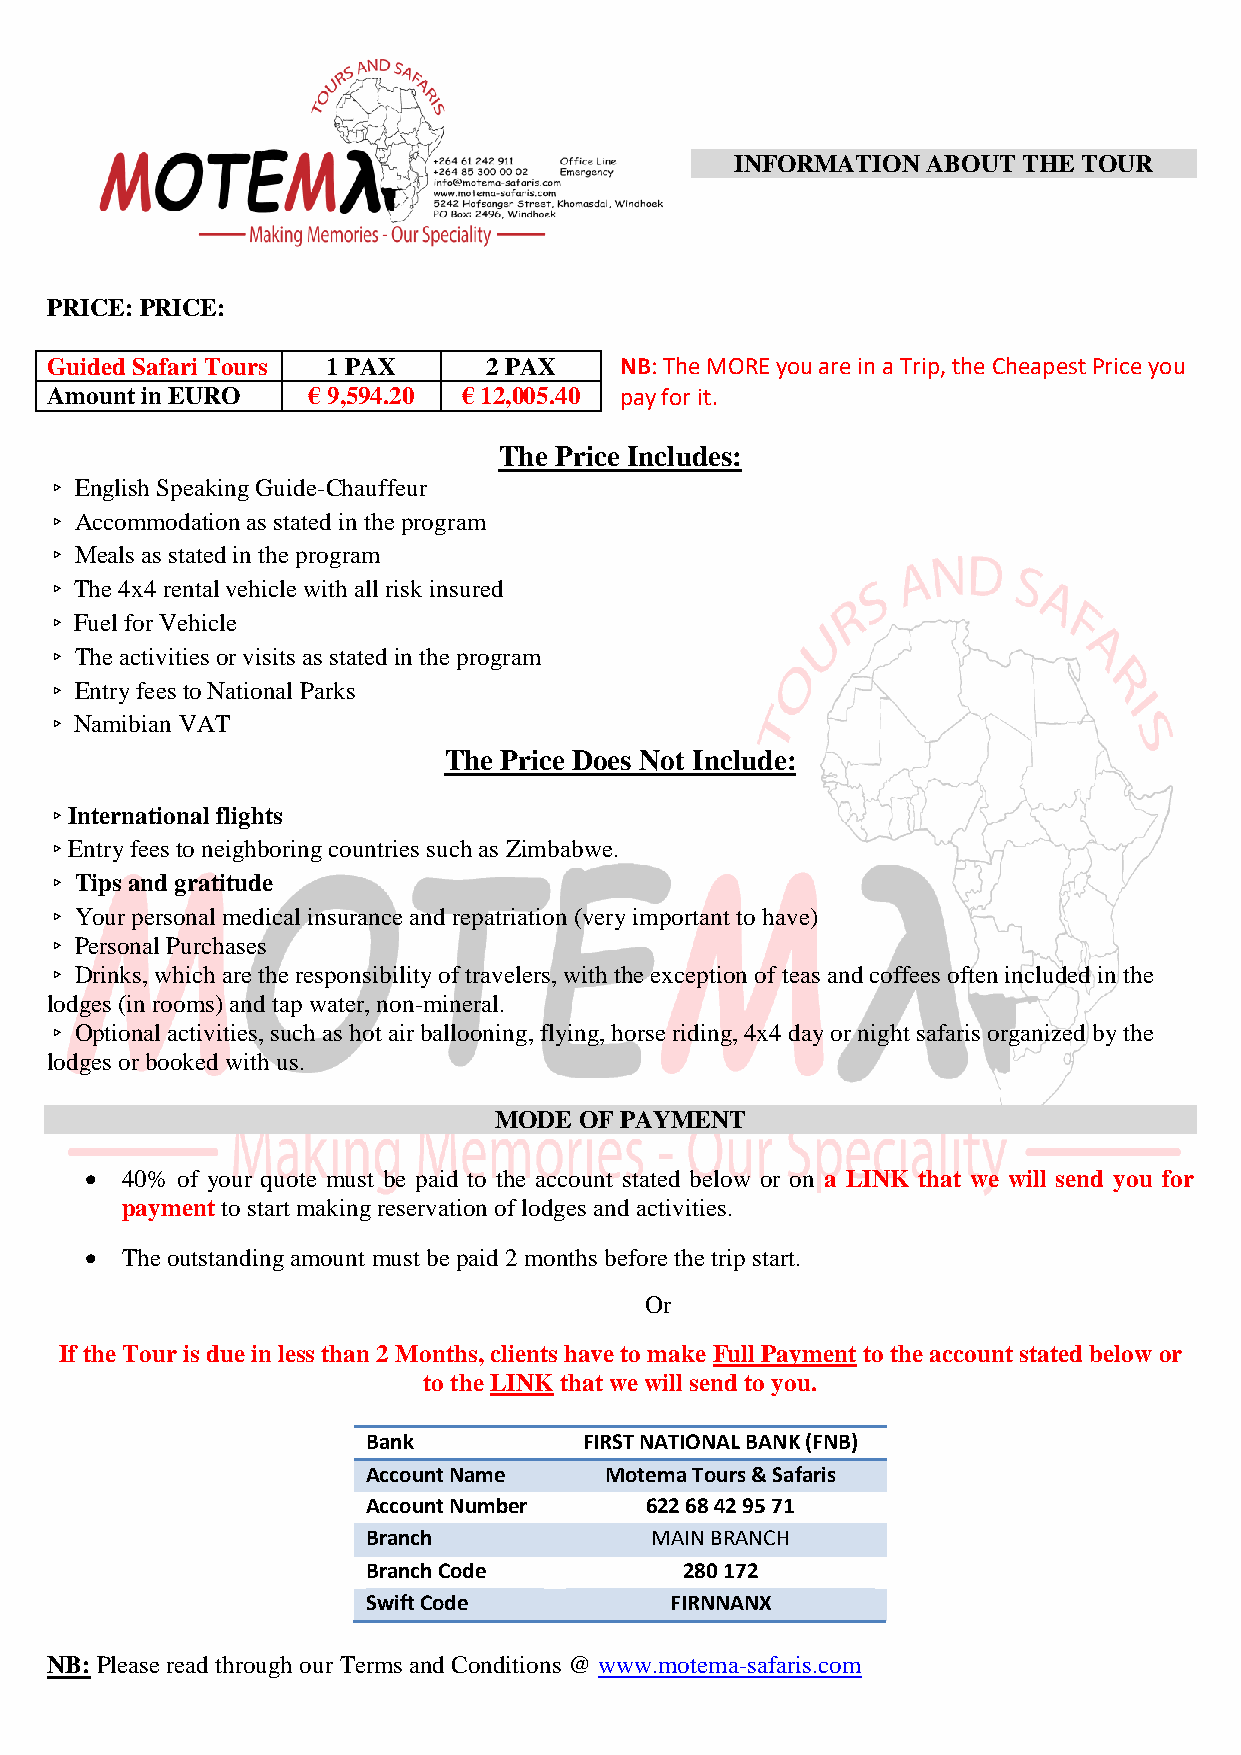
INFORMATION ABOUT  THE TOUR
 PRICE: PRICE:
 Guided Safari Tours 1 PAX    2 PAX    NB: The MORE you are in a Trip, the Cheapest Price you
 Amount in EURO   € 9,594.20 € 12,005.40 pay for it.
 The Price Includes:
 ▹ English Speaking Guide-Chauffeur
 ▹ Accommodation as stated in the program
 ▹ Meals as stated in the program
 ▹ The 4x4 rental vehicle with all risk insured
 ▹ Fuel for Vehicle
 ▹ The activities or visits as stated in the program
 ▹ Entry fees to National Parks
 ▹ Namibian VAT
 The Price Does Not Include:
 ▹International flights
 ▹Entry fees to neighboring countries such as Zimbabwe.
 ▹ Tips and gratitude
 ▹ Your personal medical insurance and repatriation (very important to have)
 ▹ Personal Purchases
 ▹ Drinks, which are the responsibility of travelers, with the exception of teas and coffees often included in the
 lodges (in rooms) and tap water, non-mineral.
 ▹ Optional activities, such as hot air ballooning, flying, horse riding, 4x4 day or night safaris organized by the
 lodges or booked with us.
 MODE OF PAYMENT
  40% of your quote must be paid to the account stated below or on a LINK that we will send you for
 payment to start making reservation of lodges and activities.
  The outstanding amount must be paid 2 months before the trip start.
 Or
 If the Tour is due in less than 2 Months, clients have to make Full Payment to the account stated below or
 to the LINK that we will send to you.
 Bank           FIRST NATIONAL BANK (FNB)
 Account Name    Motema Tours & Safaris
 Account Number     622 68 42 95 71
 Branch             MAIN BRANCH
 Branch Code          280 172
 Swift Code          FIRNNANX
 NB: Please read through our Terms and Conditions @ www.motema-safaris.com